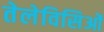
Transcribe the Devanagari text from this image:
तेलेविसिओं